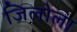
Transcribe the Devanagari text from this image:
जिलोला